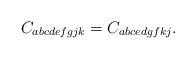
LaTeX: \begin{align*}C_{abcdefgjk}=C_{abcedgfkj}.\end{align*}